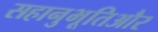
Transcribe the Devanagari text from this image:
सहानुभूतिऔर